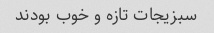
سبزیجات تازه و خوب بودند